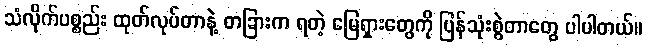
သံလိုက်ပစ္စည်း ထုတ်လုပ်တာနဲ့ တခြားက ရတဲ့ မြေရှားတွေကို ပြန်သုံးစွဲတာတွေ ပါပါတယ်။